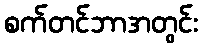
စက်တင်ဘာအတွင်း